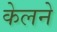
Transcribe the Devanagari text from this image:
केलने